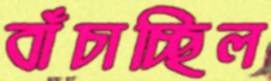
বাঁচাচ্ছিল